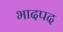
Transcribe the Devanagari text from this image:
भादपद